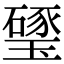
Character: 㻹